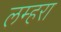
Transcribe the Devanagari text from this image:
लम्हरा